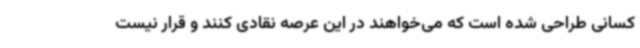
کسانی طراحی شده است که می‌خواهند در این عرصه نقادی کنند و قرار نیست